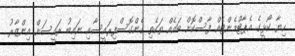
ހިޔާ ކޯޅީގެ އެޕާޓްމެންޓެއް ފާސްކޮށް ބައެއް ތަކެތި ގެންގޮސްފިރައީސާއި ނައިބު ރައީސަށް އިންޒާރު